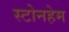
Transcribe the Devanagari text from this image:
स्टोनहेम